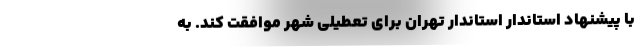
با پیشنهاد استاندار استاندار تهران برای تعطیلی شهر موافقت کند. به